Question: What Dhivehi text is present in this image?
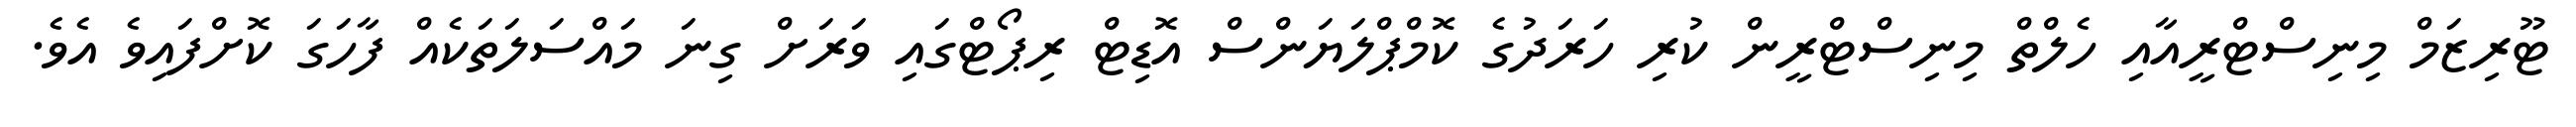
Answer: ޓޫރިޒަމް މިނިސްޓްރީއާއި ހެލްތް މިނިސްޓްރީން ކުރި ހަރަދުގެ ކޮމްޕްލަޔަންސް އޮޑިޓް ރިޕޯޓްގައި ވަރަށް ގިނަ މައްސަލަތަކެއް ފާހަގަ ކޮށްފައިވެ އެވެ.